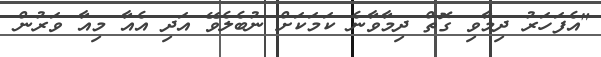
"އެފަހަރު ދިމާވި ގޮތް ދިމާވާނެ ކަމަކަށް ނުބެލެވޭ އަދި އެއާ މިއާ ވަރުން